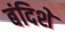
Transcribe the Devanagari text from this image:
बंदिशे